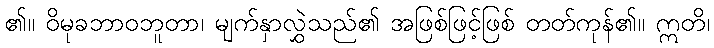
၏။ ဝိမုခဘာဝဘူတာ၊ မျက်နှာလွှဲသည်၏ အဖြစ်ဖြင့်ဖြစ် တတ်ကုန်၏။ ဣတိ၊